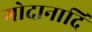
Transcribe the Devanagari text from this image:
गोदानादि